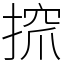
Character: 𢱑